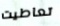
تعاطيت